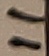
Text: 11